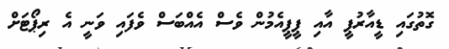
ގޮތުގައި ޑީއާރުޕީ އާއި ޕީޕީއެމުން ވެސް އެއްބަސް ވެފައި ވަނީ އެ ރިޕޯޓަށް